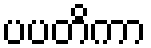
ပပတိကာ